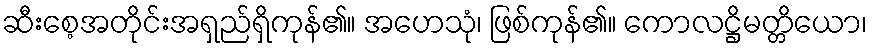
ဆီးစေ့အတိုင်းအရှည်ရှိကုန်၏။ အဟေသုံ၊ ဖြစ်ကုန်၏။ ကောလဋ္ဌိမတ္တိယော၊